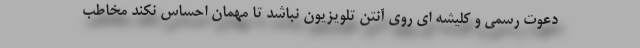
دعوت رسمی و کلیشه ای روی آنتن تلویزیون نباشد تا مهمان احساس نکند مخاطب